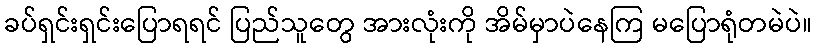
ခပ်ရှင်းရှင်းပြောရရင် ပြည်သူတွေ အားလုံးကို အိမ်မှာပဲနေကြ မပြောရုံတမဲပဲ။